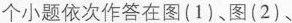
个小题依次作答在图(1)、图(2)、